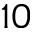
1 0